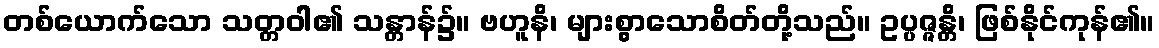
တစ်ယောက်သော သတ္တဝါ၏ သန္တာန်၌။ ဗဟူနိ၊ များစွာသောစိတ်တို့သည်။ ဥပ္ပဇ္ဇန္တိ၊ ဖြစ်နိုင်ကုန်၏။